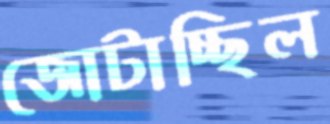
জোটাচ্ছিল